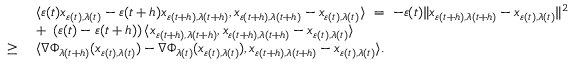
\begin{array} { r l } & { \langle \varepsilon ( t ) x _ { \varepsilon ( t ) , \lambda ( t ) } - \varepsilon ( t + h ) x _ { \varepsilon ( t + h ) , \lambda ( t + h ) } , x _ { \varepsilon ( t + h ) , \lambda ( t + h ) } - x _ { \varepsilon ( t ) , \lambda ( t ) } \rangle \ = \ - \varepsilon ( t ) \| x _ { \varepsilon ( t + h ) , \lambda ( t + h ) } - x _ { \varepsilon ( t ) , \lambda ( t ) } \| ^ { 2 } } \\ & { + \ \left( \varepsilon ( t ) - \varepsilon ( t + h ) \right) \langle x _ { \varepsilon ( t + h ) , \lambda ( t + h ) } , x _ { \varepsilon ( t + h ) , \lambda ( t + h ) } - x _ { \varepsilon ( t ) , \lambda ( t ) } \rangle } \\ { \geq \ } & { \langle \nabla \Phi _ { \lambda ( t + h ) } ( x _ { \varepsilon ( t ) , \lambda ( t ) } ) - \nabla \Phi _ { \lambda ( t ) } ( x _ { \varepsilon ( t ) , \lambda ( t ) } ) , x _ { \varepsilon ( t + h ) , \lambda ( t + h ) } - x _ { \varepsilon ( t ) , \lambda ( t ) } \rangle . } \end{array}